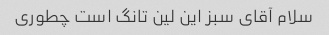
سلام آقای سبز این لین تانگ است چطوری